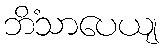
ဘိံသာပေယျ